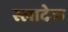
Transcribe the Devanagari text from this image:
स्लादेक